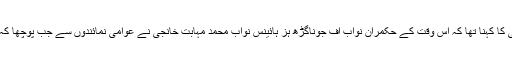
الحاق پاکستان کے حوالے سےنواب محمد جہانگیر خانجی کا کہنا تھا کہ اس وقت کے حکمران نواب آف جوناگڑھ ہز ہائینس نواب محمد مہابت خانجی نے عوامی نمائندوں سے جب پوچھا کہ آپ کس ملک کے ساتھ جانا چاہتے ہیں پاکستان یا انڈیا ۔